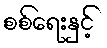
စစ်ရေးနှင့်